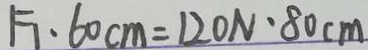
F _ { 1 } \cdot 6 0 c m = 1 2 0 N \cdot 8 0 c m